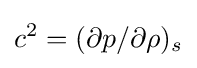
c^{2}=(\partial p/\partial \rho )_{s}